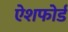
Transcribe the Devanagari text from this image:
ऐशफोर्ड